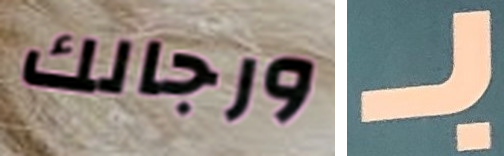
ورجالك بـ